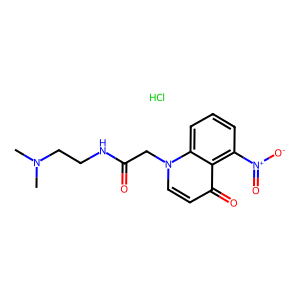
SMILES: CN(C)CCNC(=O)Cn1ccc(=O)c2c([N+](=O)[O-])cccc21.Cl
Inhibits HIV replication: No